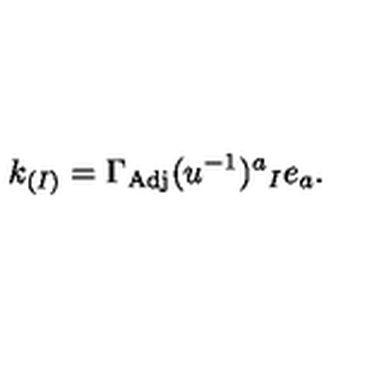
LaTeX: k _ { ( I ) } = \Gamma _ { \mathrm { A d j } } ( u ^ { - 1 } ) ^ { a } { } _ { I } e _ { a } .